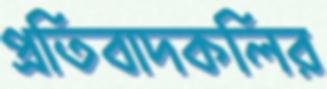
প্রতিবাদকলির